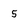
Character: 5